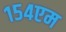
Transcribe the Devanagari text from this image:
१५४एम